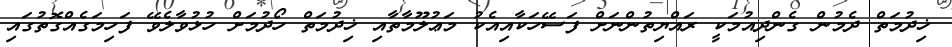
ޚިދުމަތް ދެމުން ގެންދިއުމަކީ ރައްޔިތުންނަށް ފަސޭހަކާއިއެކު މަޢުލޫމާތާއި ޚިދުމަތް ހޯދުމަށް ހުޅުވާލެވޭ ފަހިމަގެއްގޮތުގައި